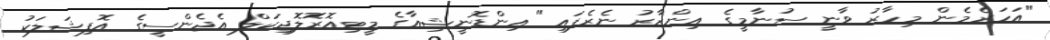
"އަހަރެމެން މިހާރު ވާނީ ސުނާމީގެ އިންޒާރު ނެރެފައި" އިންޑޮނީޝިއާގެ މީޓިއޮރޮލޮޖިކަލް އެޖެންސީގެ އޮފިޝަލަކު